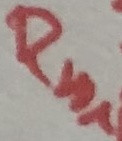
Text: Rn1